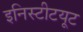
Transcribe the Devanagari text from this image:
इनिस्टीटयूट